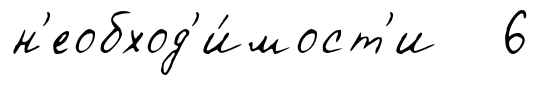
н'еобход'и́мост'и 6